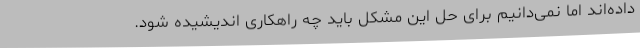
داده‌اند اما نمی‌دانیم برای حل این مشکل باید چه راهکاری اندیشیده شود.